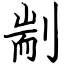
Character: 剬